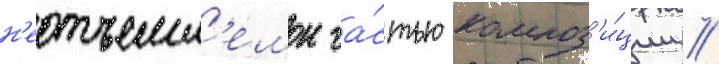
н'еотъемл'емои ча́стью композ'и́ции //